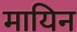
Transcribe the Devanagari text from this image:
मायिन